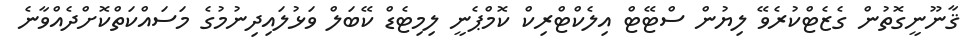
ޤާނޫނީގޮތުން ގެޒެޓްކުރެވޭ ލިޔުން ސްޓޭޓް އިލެކްޓްރިކް ކޮމްޕެނީ ލިމިޓެޑް ކޭބަލް ވަޅުލައިދިނުމުގެ މަސައްކަތްކޮށްދެއްވާނެ